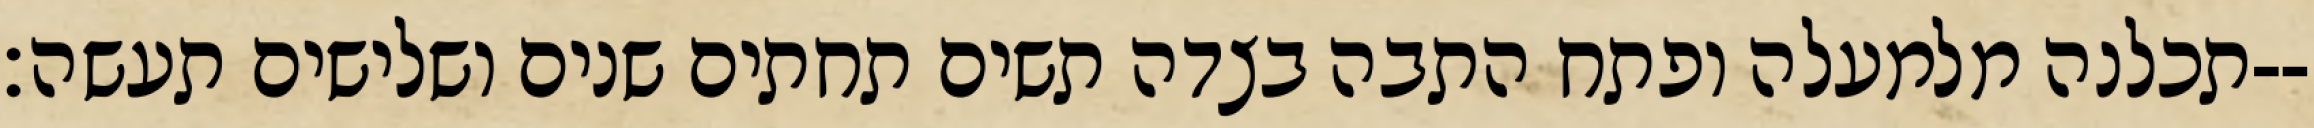
תכלנה מלמעלה ופתח התבה בצדה תשים תחתים שנים ושלישים תעשה׃--